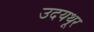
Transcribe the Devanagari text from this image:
उदयथूर